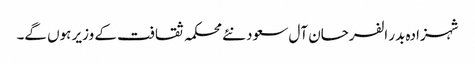
شہزادہ بدر الفرحان آل سعود نئے محکمہ ثقافت کے وزیر ہوں گے۔